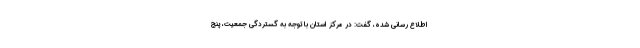
اطلاع رسانی شده، گفت: در مرکز استان با توجه به گستردگی جمعیت، پنج